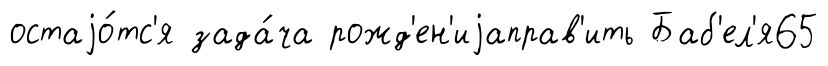
остаjо́тс'я зада́ча рожд'ен'иjаправ'ить Баб'ел'я65